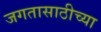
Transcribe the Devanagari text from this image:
जगतासाठीच्या